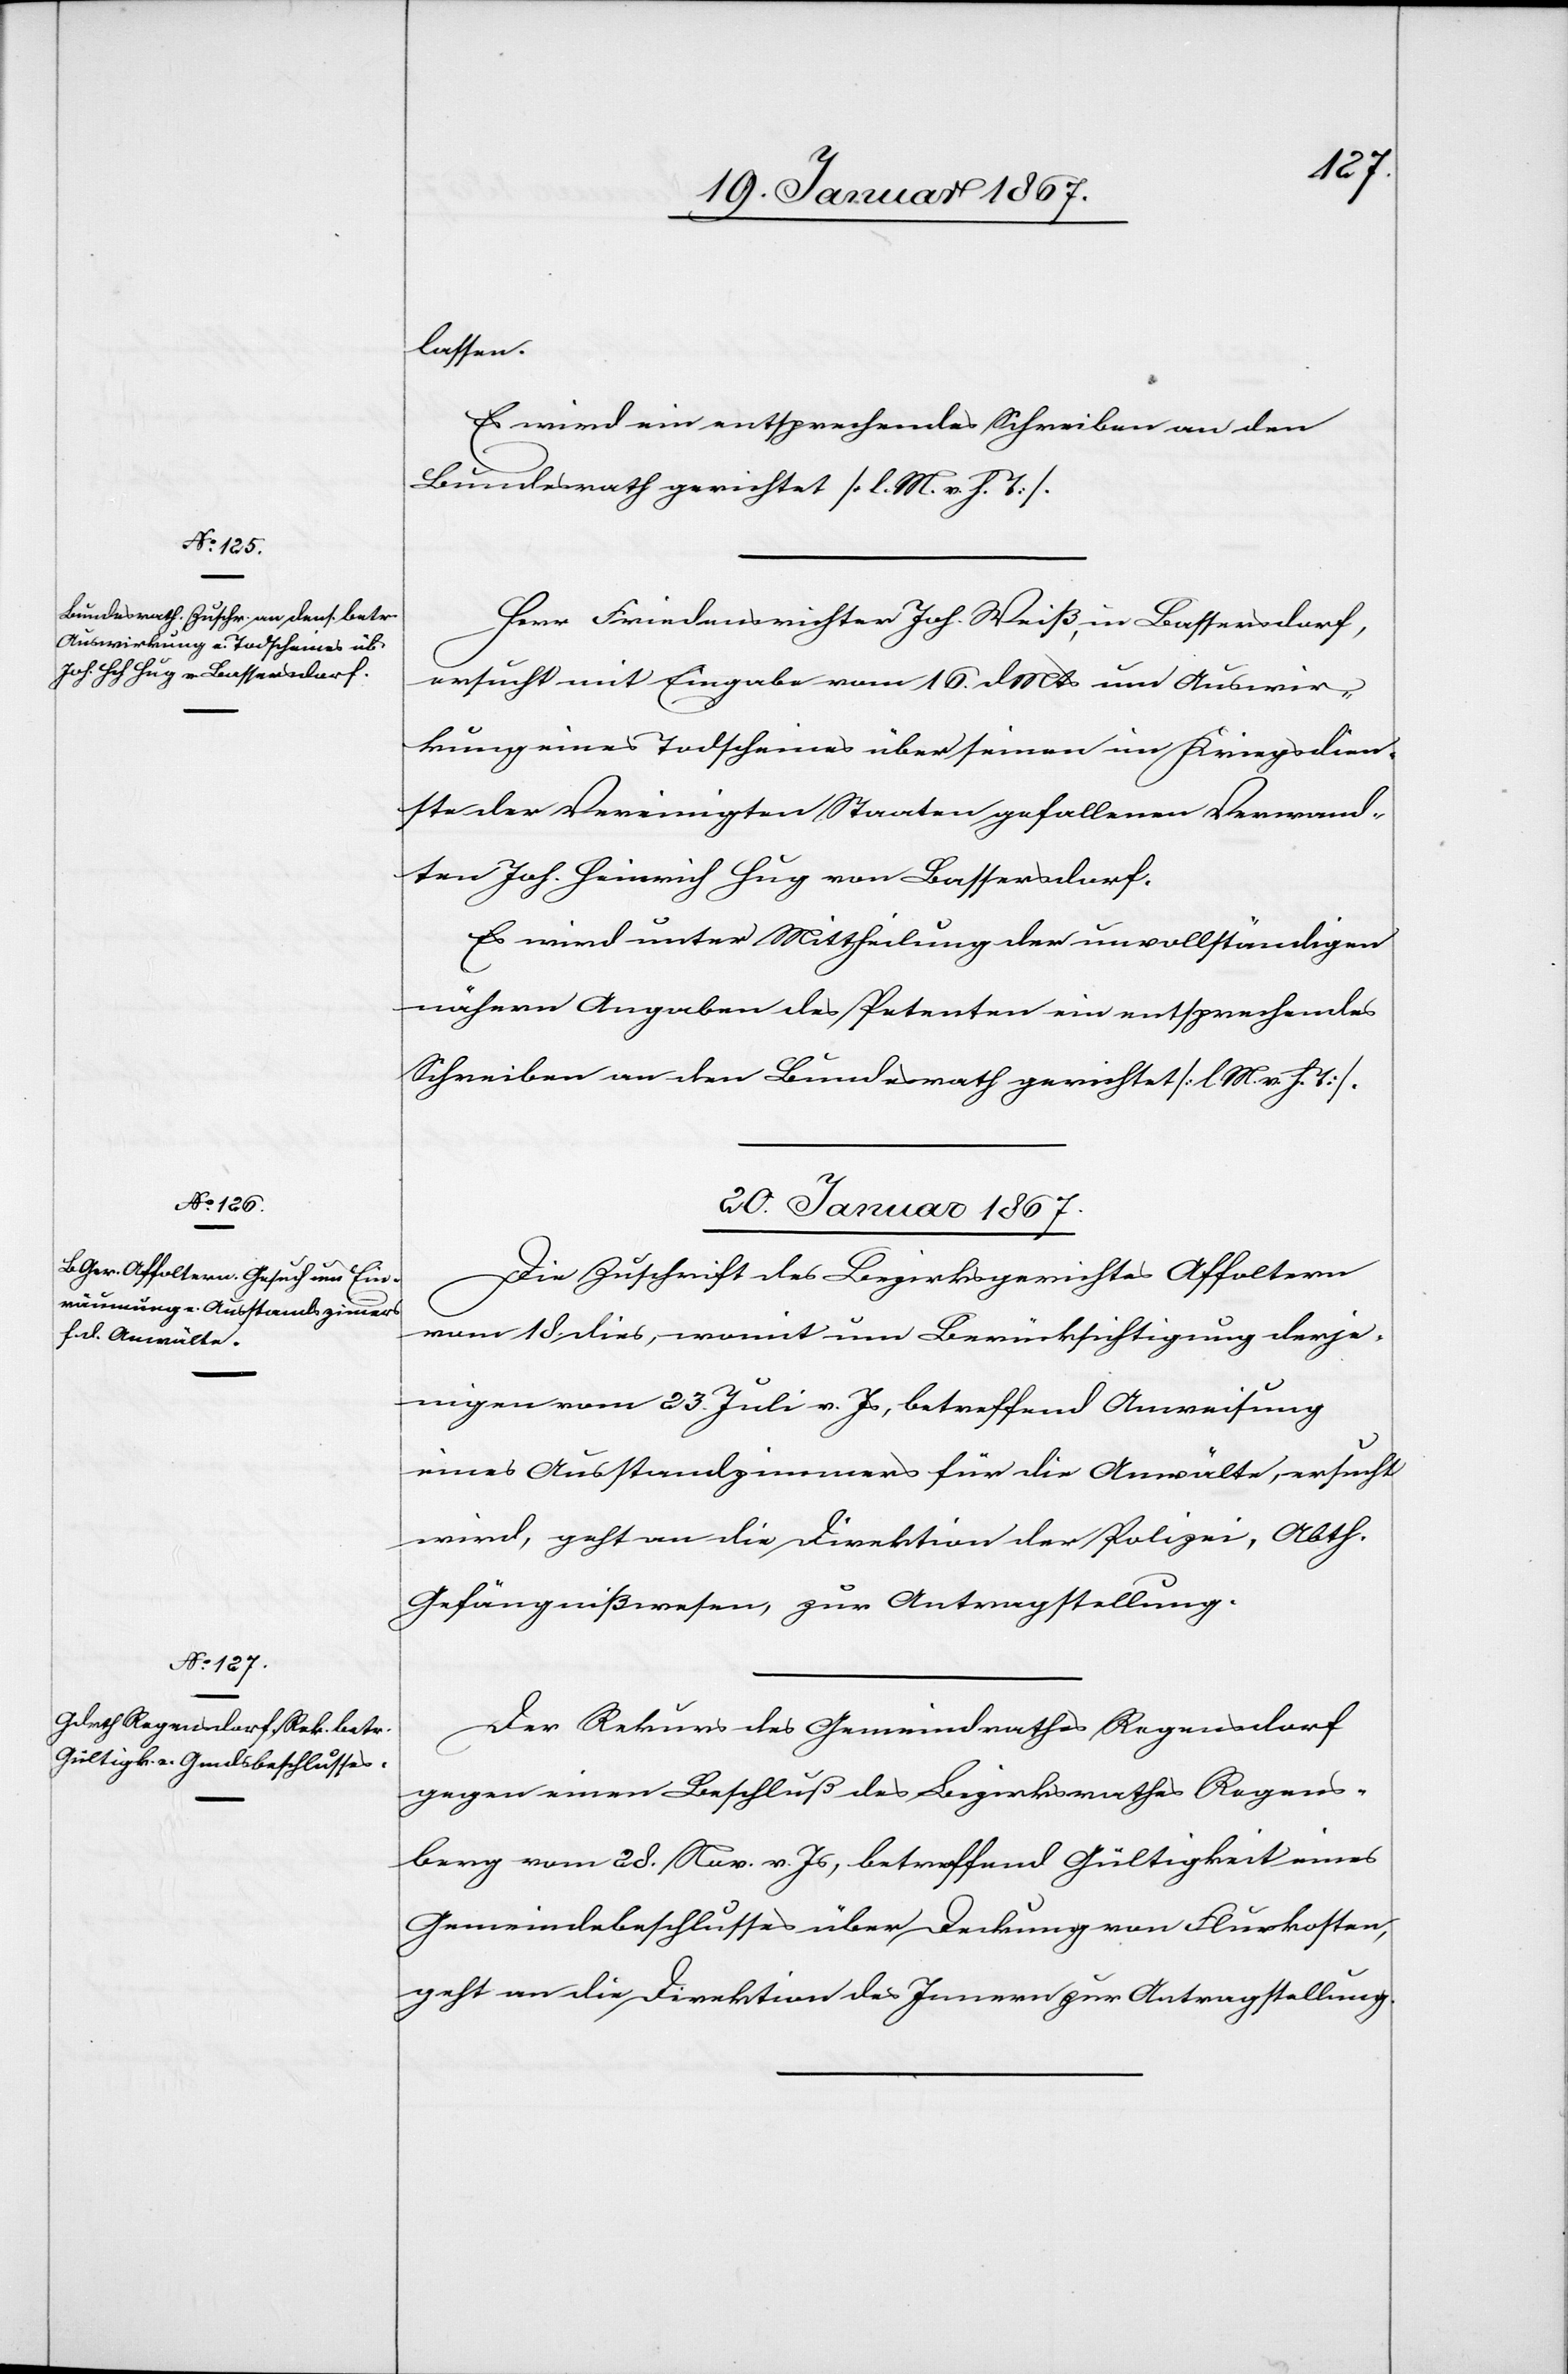
19. Januar 1867.]
lassen.
Es wird ein entsprechendes Schreiben an den
Bundesrath gerichtet [l. M. v. h. T].
Herr Friedensrichter Joh. Weiß, in Bassersdorf,
ersucht mit Eingabe vom 16. d. Mts um Auswir¬
kung eines Todscheines über seinen im Kriegsdien¬
ste der Vereinigten Staaten gefallenen Verwand¬
ten Joh. Heinrich Hug von Bassersdorf.
Es wird unter Mittheilung der unvollständigen
nähern Angaben des Petenten ein entsprechendes
Schreiben an den Bundesrath gerichtet [l. M. v. h. T].
20. Januar 1867.]
Die Zuschrift des Bezirksgerichtes Affoltern
vom 18. dies, womit um Berücksichtigung derje¬
nigen vom 23. Juli v. Js, betreffend Anweisung
eines Ausstandzimmers für die Anwälte, ersucht
wird, geht an die Direktion der Polizei, Abth.
Gefängnißwesen, zur Antragstellung.
Der Rekurs des Gemeindrathes Regensdorf
gegen einen Beschluß des Bezirksrathes Regens¬
berg vom 28. Nov. v. Js, betreffend Gültigkeit eines
Gemeindebeschlusses über Deckung von Flurkosten,
geht an die Direktion des Innern zur Antragstellung.